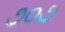
૭૦૭